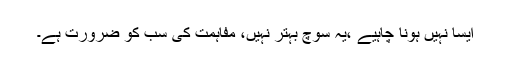
ایسا نہیں ہونا چاہیے ،یہ سوچ بہتر نہیں، مفاہمت کی سب کو ضرورت ہے۔